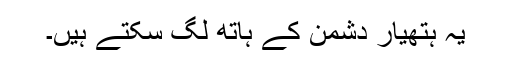
یہ ہتھیار دشمن کے ہاتھ لگ سکتے ہیں۔